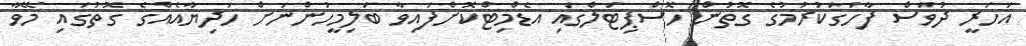
އަހަރީ ދުވަސް ފާހަގަކުރުމުގެ ގޮތުން ހޮސްޕިޓަލްގައި އެޑްމިޓްކޮށްފައިވާ ބަލިމީހުންނަށް ހަދިޔާއެއްގެ ގޮތުގައި މޭވާ